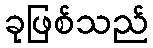
ခုဖြစ်သည်